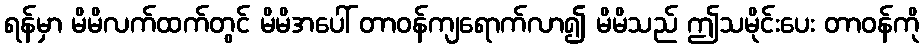
ရန်မှာ မိမိလက်ထက်တွင် မိမိအပေါ် တာဝန်ကျရောက်လာ၍ မိမိသည် ဤသမိုင်းပေး တာဝန်ကို